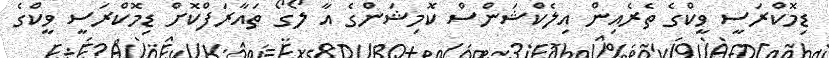
ޑިމޮކްރަސީ ވީކްގެ ތެރެއިން އިލެކްޝަންސް ކޮމިޝަންގެ އާ ލޯގޯ ތައާރަފްކޮށް ޑިމޮކްރަސީ ވީކްގެ